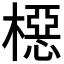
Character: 𬄚